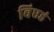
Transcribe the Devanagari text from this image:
बिएहं